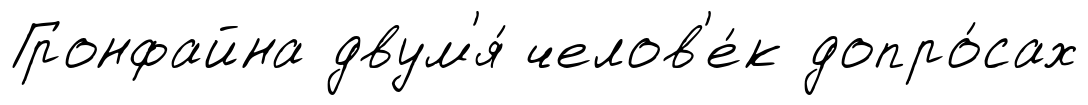
Гронфайна двум'я́ челов'е́к допро́сах